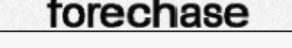
forechase